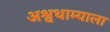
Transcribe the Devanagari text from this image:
अश्वथाम्याला